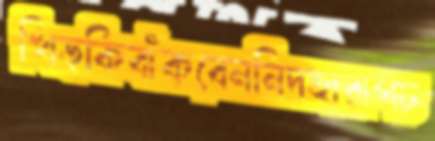
খিড়কিবাঁকবেননিদহারাপচ